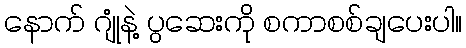
နောက် ဂျုံနဲ့ ပွဆေးကို စကာစစ်ချပေးပါ။